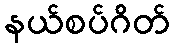
နယ်စပ်ဂိတ်